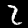
Label: 2